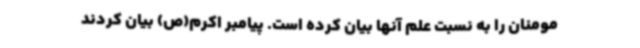
مومنان را به نسبت علم آنها بیان کرده است. پیامبر اکرم(ص) بیان کردند